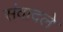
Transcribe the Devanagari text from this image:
संवादले